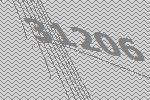
31206